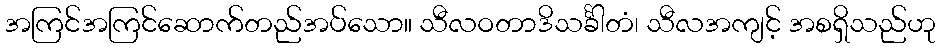
အကြင်အကြင်ဆောက်တည်အပ်သော။ သီလဝတာဒိသင်္ခါတံ၊ သီလအကျင့် အစရှိသည်ဟု